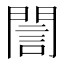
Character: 誾